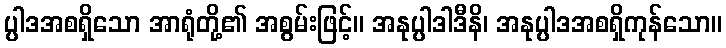
ပ္ပါဒအစရှိသော အာရုံတို့၏ အစွမ်းဖြင့်။ အနုပ္ပါဒါဒီနိ၊ အနုပ္ပါဒအစရှိကုန်သော။